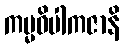
ကမ္မဝိပါကဇာနိ